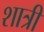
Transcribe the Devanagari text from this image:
शात्री